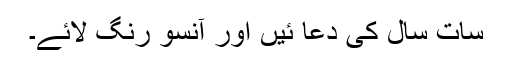
سات سال کی دعا ئیں اور آنسو رنگ لائے۔